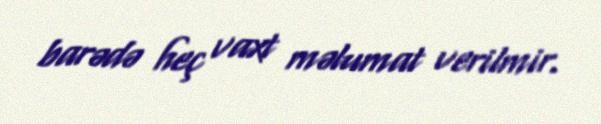
barədə heç vaxt məlumat verilmir.